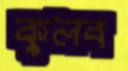
কুলব